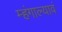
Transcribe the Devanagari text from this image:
म्हंगाल्यावं